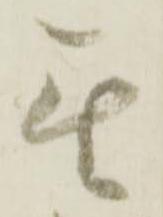
無